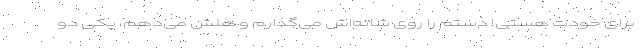
برای خودت هستی! دستم را روی شانه‌اش می‌گذارم و هلش می‌دهم، یکی دو